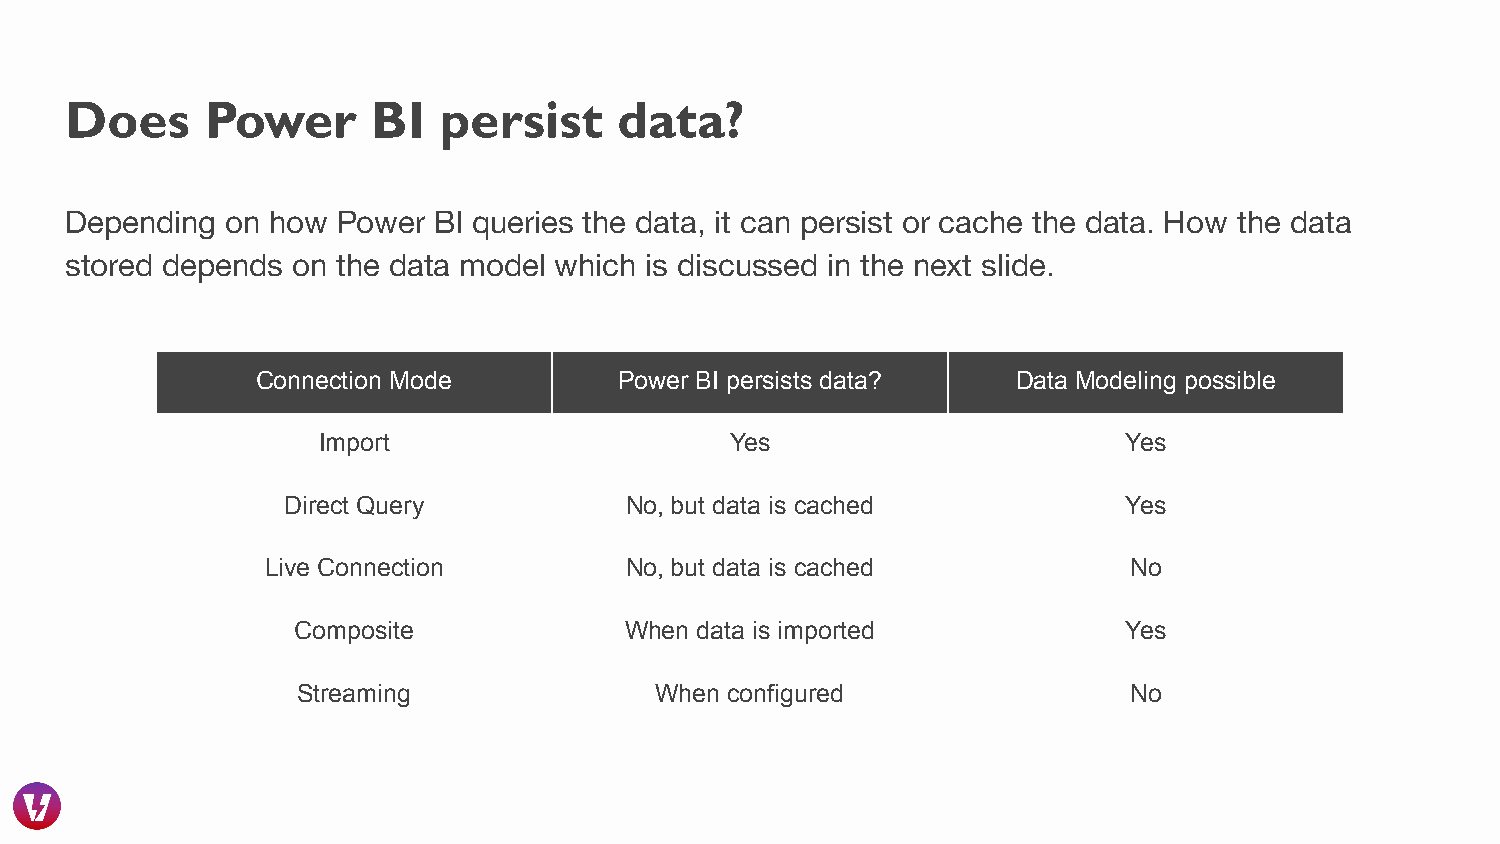
Does      Power      BI  persist     data?
 Depending  on how Power  BI queries the data, it can persist or cache the data. How the data
 stored depends on the data model which is discussed in the next slide.
 Connection Mode         Power BI persists data?   Data Modeling possible
 Import                     Yes                        Yes
 Direct Query          No, but data is cached            Yes
 Live Connection        No, but data is cached            No
 Composite             When data is imported             Yes
 Streaming              When configured                 No